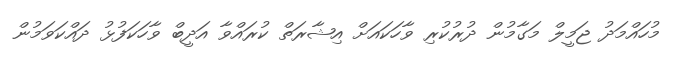
މުހައްމަދު ޖަމީލް މަގާމުން ދުރުކުރި ވާހަކައަށް އިޝާރަތް ކުރައްވާ އަދީބް ވާހަކަފުޅު ދައްކަވަމުން